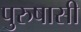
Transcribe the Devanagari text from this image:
पुरुषासी